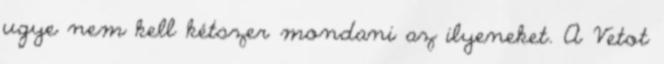
ugye nem kell kétszer mondani az ilyeneket. A Vetot